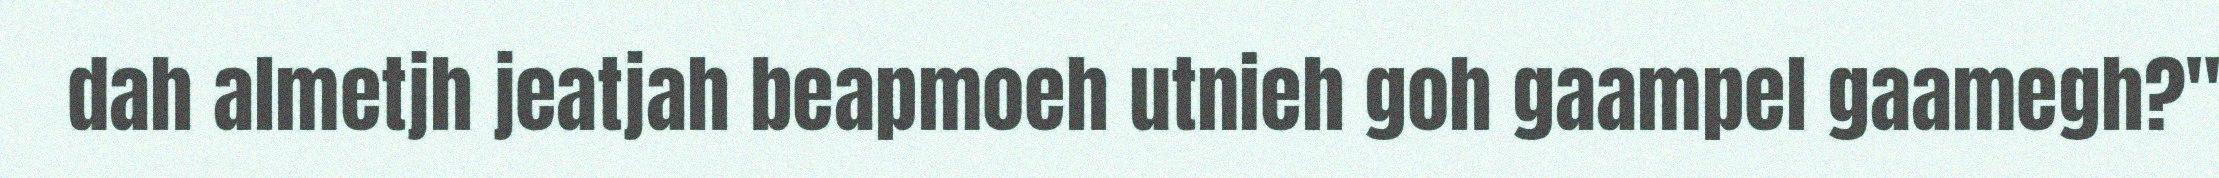
dah almetjh jeatjah beapmoeh utnieh goh gaampel gaamegh?"